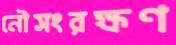
নৌসংরক্ষণ